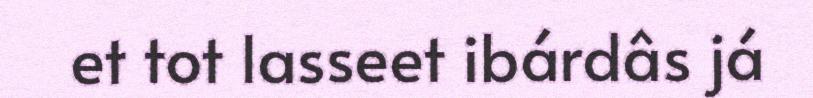
et tot lasseet ibárdâs já